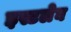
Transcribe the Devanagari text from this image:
इस्टलेघ